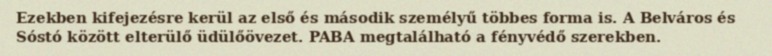
Ezekben kifejezésre kerül az első és második személyű többes forma is. A Belváros és Sóstó között elterülő üdülőövezet. PABA megtalálható a fényvédő szerekben.